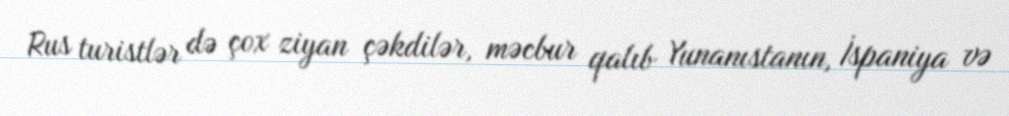
Rus turistlər də çox ziyan çəkdilər, məcbur qalıb Yunanıstanın, İspaniya və